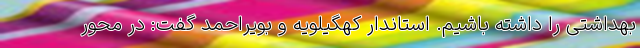
بهداشتی را داشته باشیم. استاندار کهگیلویه و بویراحمد گفت: در محور